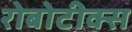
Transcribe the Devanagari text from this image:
रोबोटीक्स